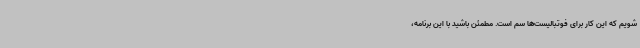
شویم که این کار برای فوتبالیست‌ها سم است. مطمئن باشید با این برنامه،